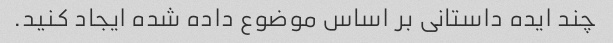
چند ایده داستانی بر اساس موضوع داده شده ایجاد کنید.